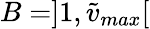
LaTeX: B=]1,\tilde{v}_{max}[